Indian Medical Review
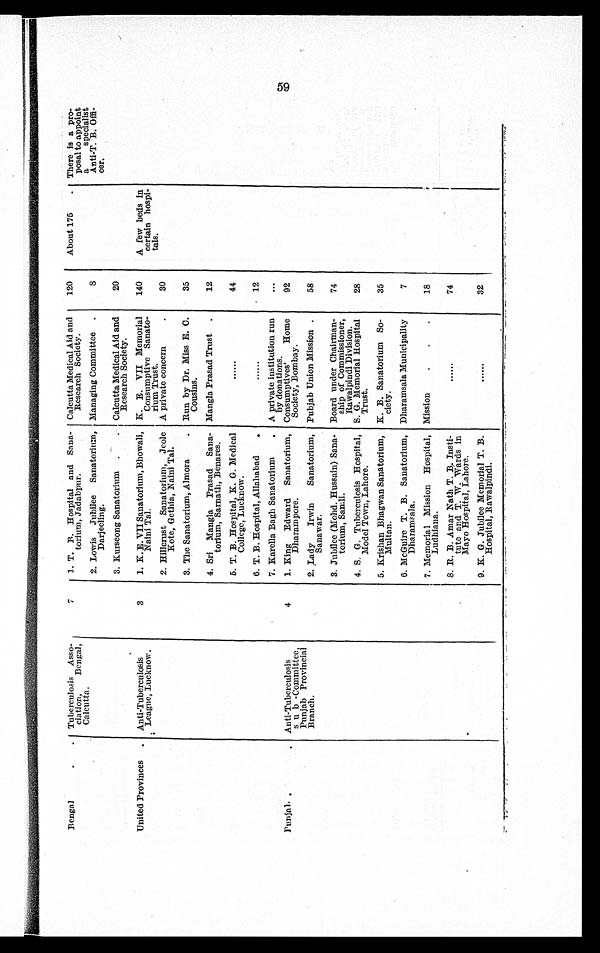
Bengal.
Tuberculosis Asso
ciation, Bengal,
Calcutta.
7
1. T. B. Hospital and Sena
torium, Jadabpur.
Calcutta Medical Aid and
Research Society.
120
About 175. There is a p
roposal to appoi
nt special
2. Lowis Jubilee Sanatorium,
Darjeeling.
Managing Committee.
8
Anti-T. B. 0
fficer.
3. Kurseong Sanatorium. Calcutta Medical Aid and
Research Society.
20
United Provinces. Anti-Tuberculosis
League, Lucknow.
3
1. K. E. VII Sanatorium, Bhowali,
Naini Tal.
K. E. VII Memorial
Consumptive Sanato
rium Trust.
140
A few beds in.
certain hospi
tals.
2. Hillcrust Sanatorium, Jeole
Kote, Gethia, Naini Tal.
A private concern.
30
3. The Sanatorium, Almora. Run by Dr. Miss E. C.
Cousins.
35
4. Sri Mangla Prasad Sana
torium, Sarnath, Benares.
Mangla Prasad Trust.
12
5. T. B. Hospital, K. G. Medical
College, Lucknow.
44
6. T. B. Hospital, Allahabad.
12
7. Karella Bagh Sanatorium. A private institution run
by donations.
Punjab .
Anti-Tuberculosis
sub -Committee,
Punjab Provincial
Branch.
4
1. King Edward Sanatorium,
Dharampore.
Consumptives’ Home
Society, Bombay.
92
2. Lady Irwin Sanatorium,
Sanawar.
Pubjab Union Mission .
58
3. Jubilee (Mohd. Hussain) Sane
torium, Samli.
Board under Chairman
ship of Commissioner,
Rawalpindi Division.
74
4. S. G. Tuberculosis Hospital,
Model Town, Lahore.
S. G. Memorial Hospital
Trust.
28
5. Krishan Bhagwan Sanatorium,
Multan.
K. B. Sanatorium So
ciety.
35
6. McGuire T. B. Sanatorium,
Dharamsala.
Dharamsala Municipality
7
7. Memorial Mission Hospital,
Ludhiana.
Mission.
18
8. R. B. Amar Nath T. R. Insti
tute and T. W. Wards in
Mayo Hospital, Lahore.
74
9. K. G. Jubilee Memorial T. B.
Hospital, Rawalpindi.
32
V59